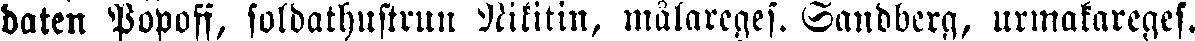
daten Popoff, soldathustrun Nikitin, målareges. Sandberg, urmakareges.